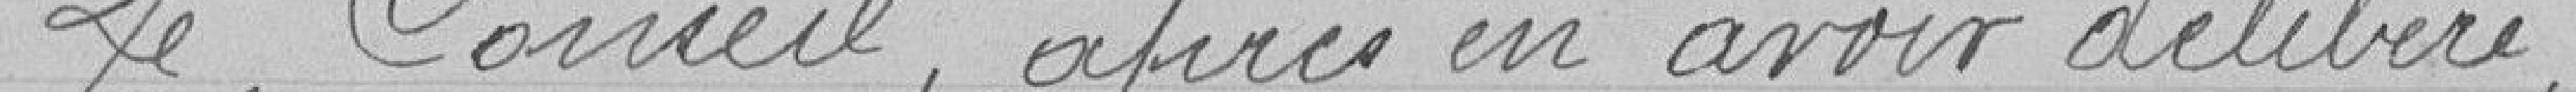
Le Conseil après en avoir délibéré